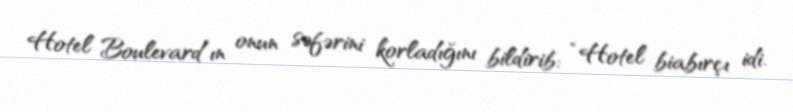
Hotel Boulevard”ın onun səfərini korladığını bildirib: “Hotel biabırçı idi.